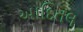
આદિતલ